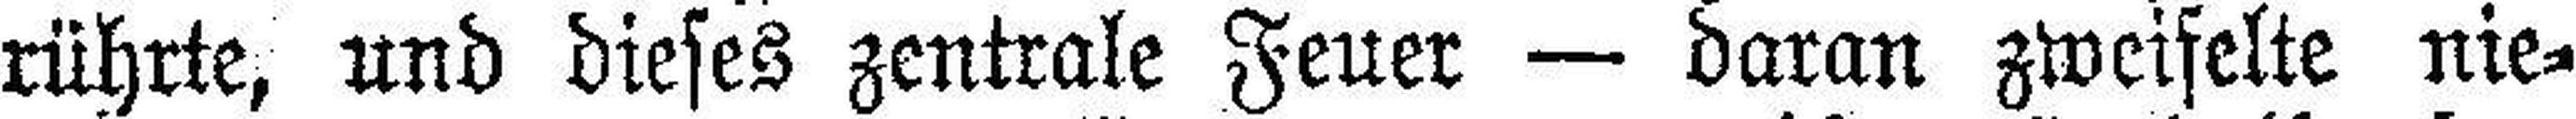
rührte, und dieses zentrale Feuer — daran zweifelte nie¬